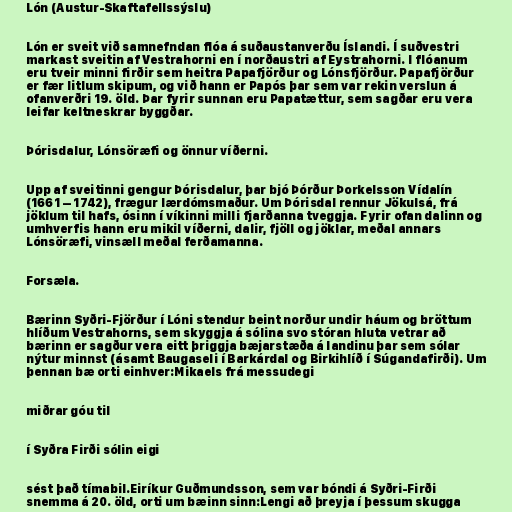
Lón (Austur-Skaftafellssýslu)

Lón er sveit við samnefndan flóa á suðaustanverðu Íslandi. Í suðvestri
markast sveitin af Vestrahorni en í norðaustri af Eystrahorni. I flóanum
eru tveir minni firðir sem heitra Papafjörður og Lónsfjörður. Papafjörður
er fær litlum skipum, og við hann er Papós þar sem var rekin verslun á
ofanverðri 19. öld. Þar fyrir sunnan eru Papatættur, sem sagðar eru vera
leifar keltneskrar byggðar.

Þórisdalur, Lónsöræfi og önnur víðerni.

Upp af sveitinni gengur Þórisdalur, þar bjó Þórður Þorkelsson Vídalín
(1661 – 1742), frægur lærdómsmaður. Um Þórisdal rennur Jökulsá, frá
jöklum til hafs, ósinn í víkinni milli fjarðanna tveggja. Fyrir ofan dalinn og
umhverfis hann eru mikil víðerni, dalir, fjöll og jöklar, meðal annars
Lónsöræfi, vinsæll meðal ferðamanna.

Forsæla.

Bærinn Syðri-Fjörður í Lóni stendur beint norður undir háum og bröttum
hlíðum Vestrahorns, sem skyggja á sólina svo stóran hluta vetrar að
bærinn er sagður vera eitt þriggja bæjarstæða á landinu þar sem sólar
nýtur minnst (ásamt Baugaseli í Barkárdal og Birkihlíð í Súgandafirði). Um
þennan bæ orti einhver:Mikaels frá messudegi

miðrar góu til

í Syðra Firði sólin eigi

sést það tímabil.Eiríkur Guðmundsson, sem var bóndi á Syðri-Firði
snemma á 20. öld, orti um bæinn sinn:Lengi að þreyja í þessum skugga